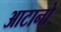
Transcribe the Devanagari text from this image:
आटानो